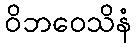
ဝိဘဝေသိနံ